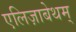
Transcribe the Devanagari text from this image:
एलिज़ाबेथम्